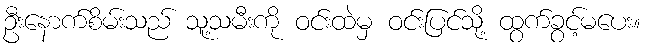
ဦးနောက်စိမ်းသည် သူ့သမီးကို ဝင်းထဲမှ ဝင်းပြင်သို့ ထွက်ခွင့်မပေး။